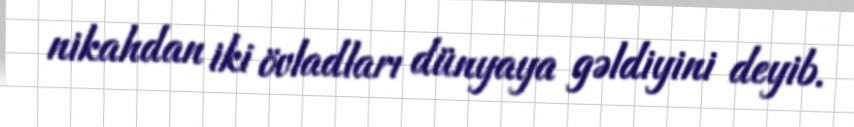
nikahdan iki övladları dünyaya gəldiyini deyib.